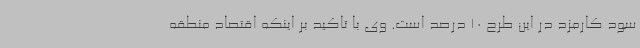
سود کارمزد در این طرح 10 درصد است. وی با تاکید بر اینکه اقتصاد منطقه